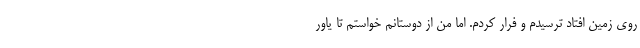
روی زمین افتاد ترسیدم و فرار کردم. اما من از دوستانم خواستم تا یاور